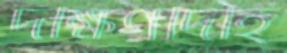
দক্ষিণদিহি